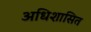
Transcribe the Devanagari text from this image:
अधिशासित